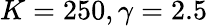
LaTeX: {K}=250,\gamma=2.5